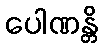
ပေါဏန္တိ